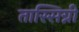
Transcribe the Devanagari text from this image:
तास्सिग्नी